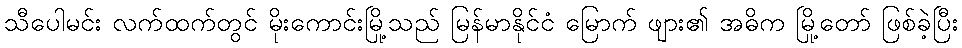
သီပေါမင်း လက်ထက်တွင် မိုးကောင်းမြို့သည် မြန်မာနိုင်ငံ မြောက် ဖျား၏ အဓိက မြို့တော် ဖြစ်ခဲ့ပြီး